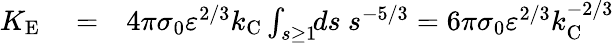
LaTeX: \begin{array}{rlr}{K_{\textrm{E}}}&{{}=}&{4\pi\sigma_{0}\varepsilon^{2/3}k_{\textrm{C}}\int_{s\ge 1}\! \! ds\ s^{-5/3}=6\pi\sigma_{0}\varepsilon^{2/3}k_{\textrm{C}}^{-2/3}}\end{array}